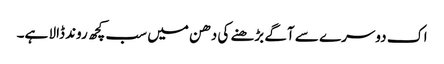
اک دوسرے سے آگے بڑھنے کی دھن میں سب کچھ روند ڈالا ہے۔